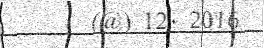
(@) 12